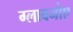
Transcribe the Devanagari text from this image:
ग्लावनोए